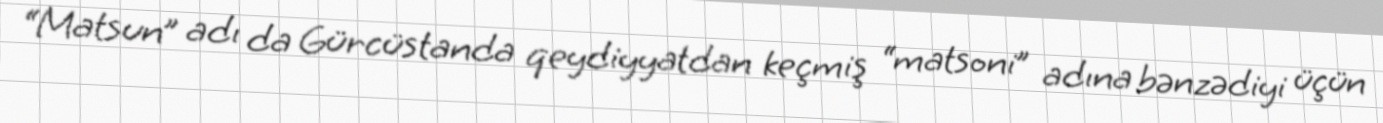
“Matsun” adı da Gürcüstanda qeydiyyatdan keçmiş “matsoni” adına bənzədiyi üçün